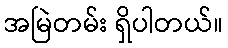
အမြဲတမ်း ရှိပါတယ်။